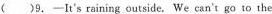
()9.-It's raining outside. We can't go to the